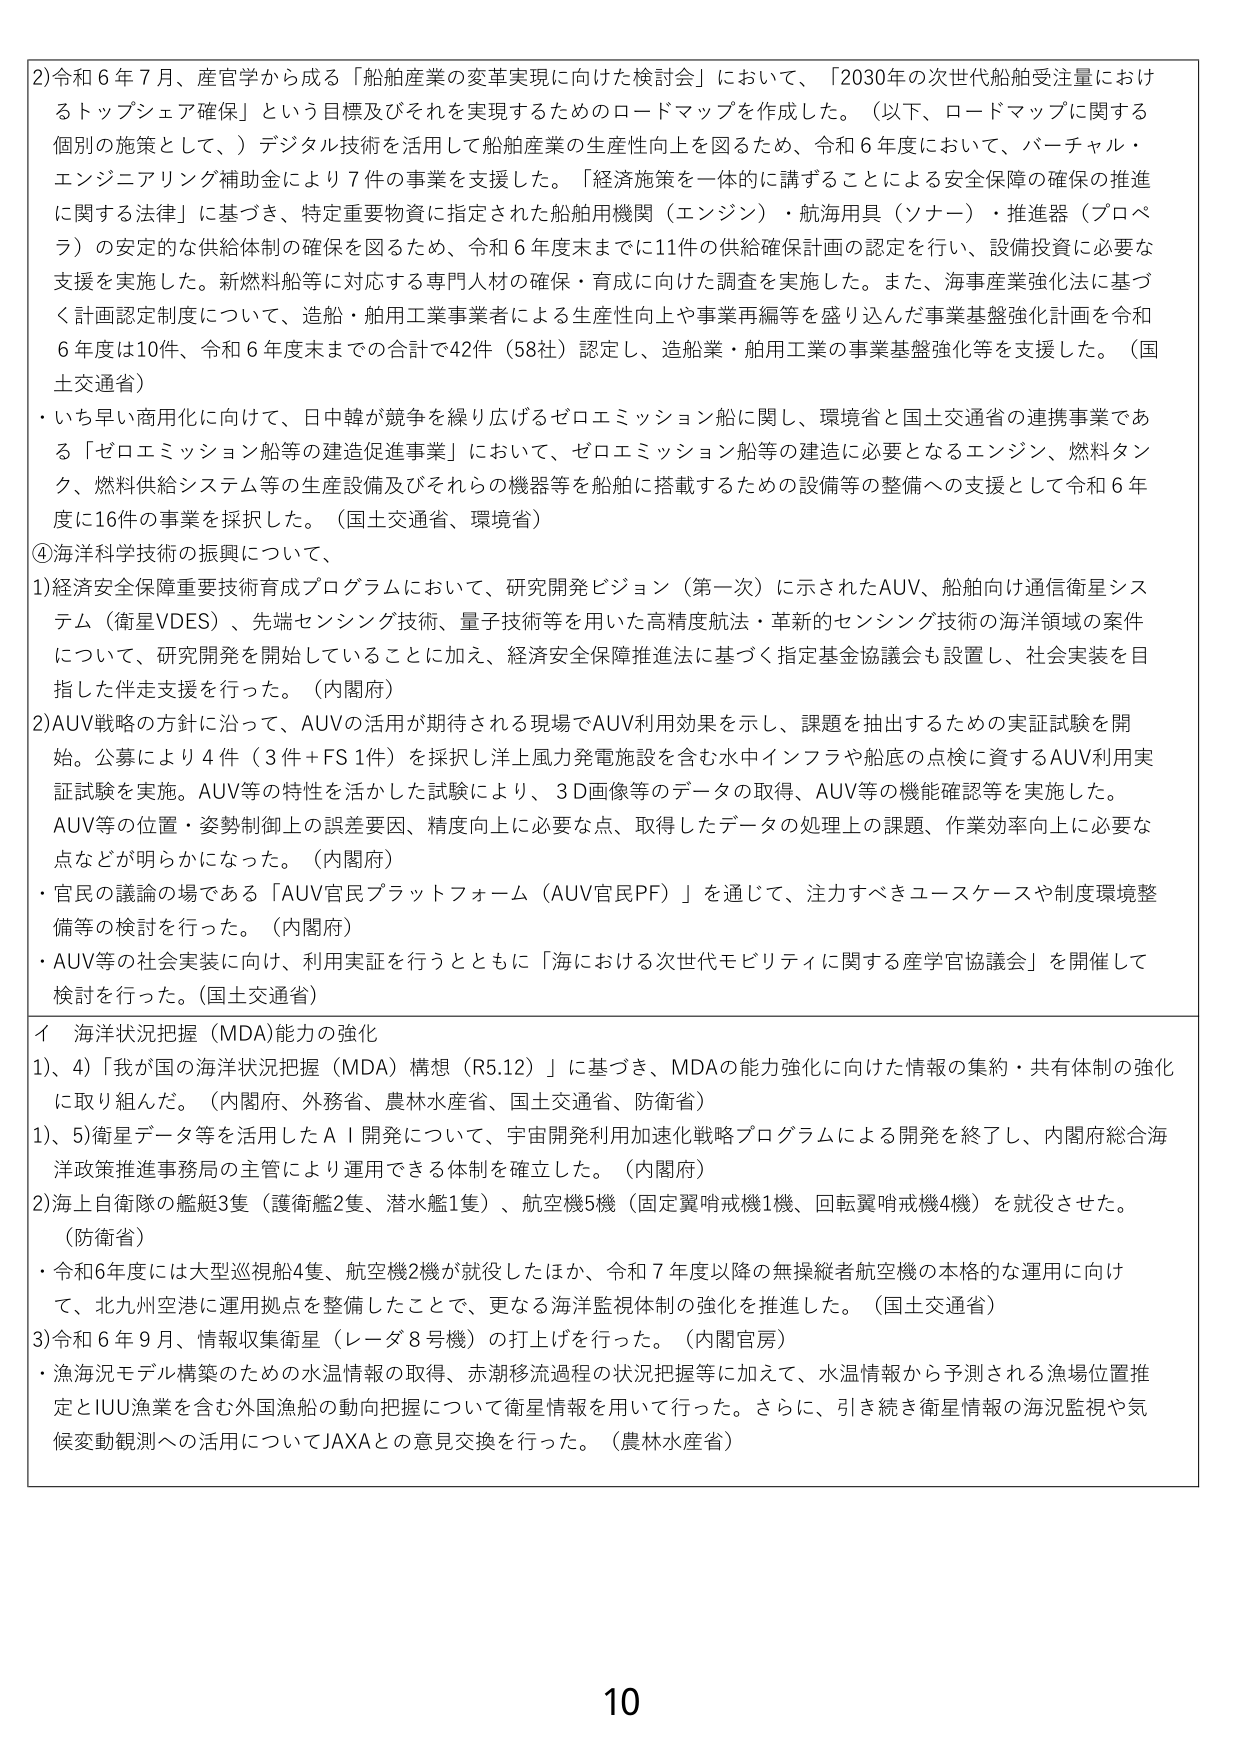
2) 令和6年7月、産官学から成る「船舶産業の変革実現に向けた検討会」において、「2030年の次世代船舶受注量におけるトップシェア確保」という目標及びそれを実現するためのロードマップを作成した。（以下、ロードマップに関する個別の施策として、）デジタル技術を活用して船舶産業の生産性向上を図るため、令和6年度において、バーチャル・エンジニアリング補助金により7件の事業を支援した。「経済施策を一体的に講ずることによる安全保障の確保の推進に関する法律」に基づき、特定重要物資に指定された船舶用機関（エンジン）・航海用具（ソナー）・推進器（プロペラ）の安定的な供給体制の確保を図るため、令和6年度末までに11件の供給確保計画の認定を行い、設備投資に必要な支援を実施した。新燃料船等に対応する専門人材の確保・育成に向けた調査を実施した。また、海事産業強化法に基づく計画認定制度について、造船・舶用工業事業者による生産性向上や事業再編等を盛り込んだ事業基盤強化計画を令和6年度は10件、令和6年度末までの合計で42件（58社）認定し、造船業・舶用工業の事業基盤強化等を支援した。（国土交通省）

・ いち早く商用化に向けて、日中韓が競争を繰り広げるゼロエミッション船に関し、環境省と国土交通省の連携事業である「ゼロエミッション船等の建造促進事業」において、ゼロエミッション船等の建造に必要となるエンジン、燃料タンク、燃料供給システム等の生産設備及びそれらの機器等を船舶に搭載するための設備等の整備への支援として令和6年度に16件の事業を採択した。（国土交通省、環境省）

④海洋科学技術の振興について、

1) 経済安全保障重要技術育成プログラムにおいて、研究開発ビジョン（第一次）に示されたAUV、船舶向け通信衛星システム（衛星VDES）、先端センシング技術、量子技術等を用いた高精度航法・革新的センシング技術の海洋領域の案件について、研究開発を開始していることに加え、経済安全保障推進法に基づく指定基金協議会も設置し、社会実装を目指した伴走支援を行った。（内閣府）

2) AUV戦略の方針に沿って、AUVの活用が期待される現場でAUV利用効果を示し、課題を抽出するための実証試験を開始。公募により4件（3件＋FS1件）を採択し洋上風力発電施設を含む水中インフラや船底の点検に資するAUV利用実証試験を実施。AUV等の特性を活かした試験により、3D画像等のデータの取得、AUV等の機能確認等を実施した。AUV等の位置・姿勢制御上の誤差要因、精度向上に必要な点、取得したデータの処理上の課題、作業効率向上に必要な点などが明らかになった。（内閣府）

・ 官民の議論の場である「AUV官民プラットフォーム（AUV官民PF）」を通じて、注力すべきユースケースや制度環境整備等の検討を行った。（内閣府）

・ AUV等の社会実装に向け、利用実証を行うとともに「海における次世代モビリティに関する産学官協議会」を開催して検討を行った。（国土交通省）

イ 海洋状況把握（MDA）能力の強化

1)、4) 「我が国の海洋状況把握（MDA）構想（R5.12）」に基づき、MDAの能力強化に向けた情報の集約・共有体制の強化に取り組んだ。（内閣府、外務省、農林水産省、国土交通省、防衛省）

1)、5) 衛星データ等を活用したAⅠ開発について、宇宙開発利用加速化戦略プログラムによる開発を終了し、内閣府総合海洋政策推進事務局の主管により運用できる体制を確立した。（内閣府）

2) 海上自衛隊の艦艇3隻（護衛艦2隻、潜水艦1隻）、航空機5機（固定翼哨戒機1機、回転翼哨戒機4機）を就役させた。（防衛省）

・ 令和6年度には大型巡視船4隻、航空機2機が就役したほか、令和7年度以降の無操縦者航空機の本格的な運用に向けて、北九州空港に運用拠点を整備したことで、更なる海洋監視体制の強化を推進した。（国土交通省）

3) 令和6年9月、情報収集衛星（レーダ8号機）の打上げを行った。（内閣官房）

・ 漁海況モデル構築のための水温情報の取得、赤潮移流過程の状況把握等に加えて、水温情報から予測される漁場位置推定とIUU漁業を含む外国漁船の動向把握について衛星情報を用いて行った。さらに、引き続き衛星情報の海況監視や気候変動観測への活用についてJAXAとの意見交換を行った。（農林水産省）

10